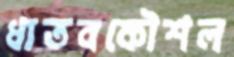
ধাতবকৌশল